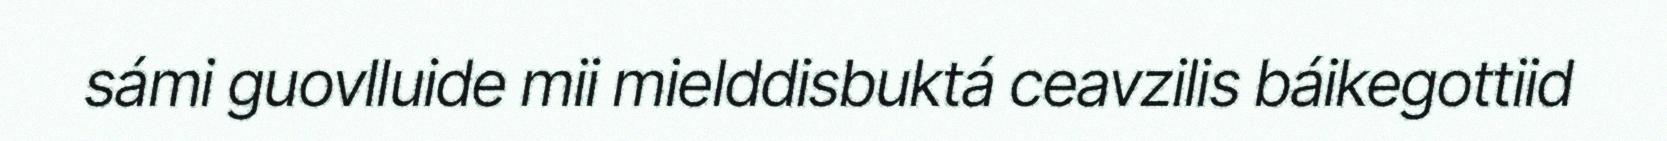
sámi guovlluide mii mielddisbuktá ceavzilis báikegottiid